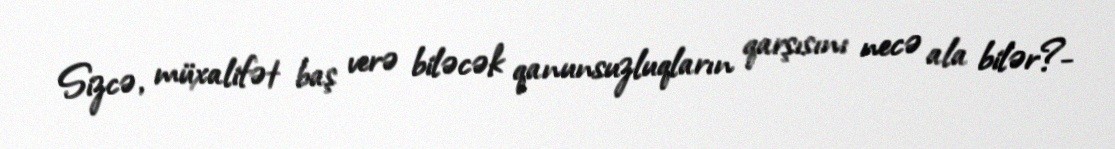
Sizcə, müxalifət baş verə biləcək qanunsuzluqların qarşısını necə ala bilər?-